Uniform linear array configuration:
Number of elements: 12
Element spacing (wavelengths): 0.5
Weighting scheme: cosine
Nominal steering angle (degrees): -15
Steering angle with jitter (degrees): -14.882
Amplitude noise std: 0.05
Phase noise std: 0.05

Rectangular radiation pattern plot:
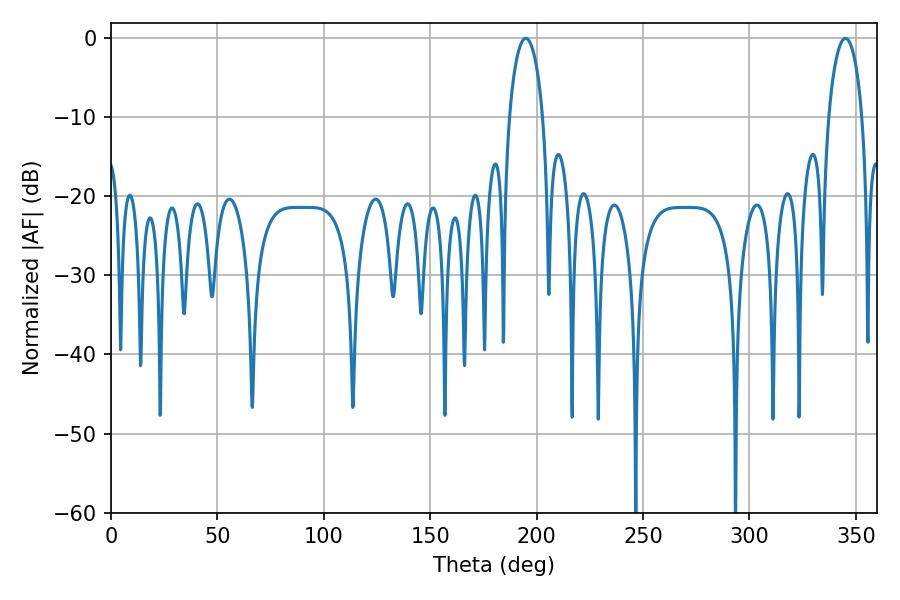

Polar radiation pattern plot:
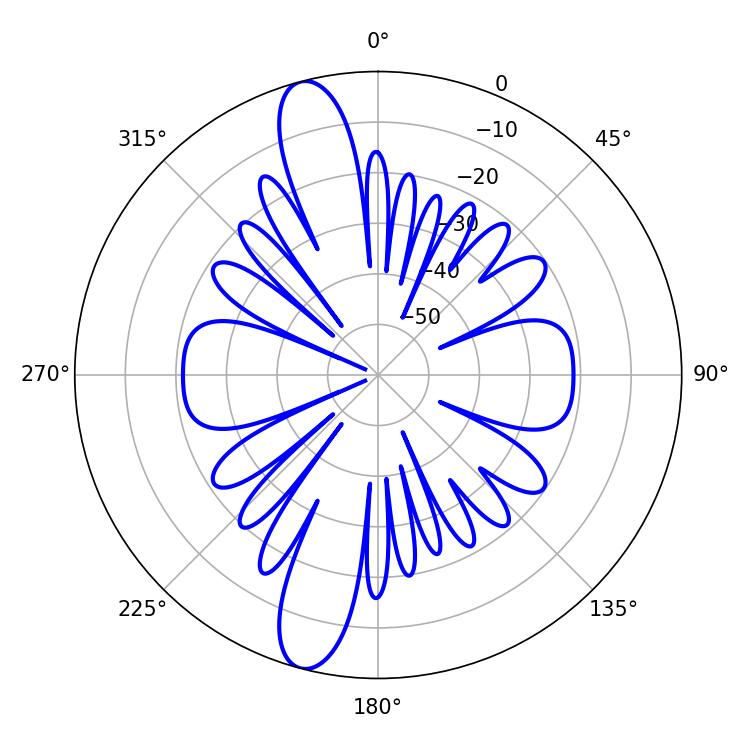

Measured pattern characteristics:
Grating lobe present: FALSE
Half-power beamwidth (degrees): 9
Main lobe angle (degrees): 194.94